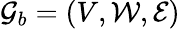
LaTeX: \mathcal{G}_{b}=(V,\mathcal{W},\mathcal{E})